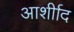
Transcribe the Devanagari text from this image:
आर्शीाद